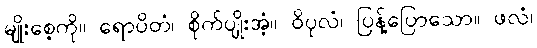
မျိုးစေ့ကို။ ရောပိတံ၊ စိုက်ပျိုးအံ့။ ဝိပုလံ၊ ပြန့်ပြောသော။ ဖလံ၊